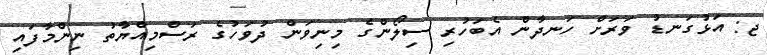
ޖ: އަޅުގަނޑު ވަރަށް ހަނދާން އެބަހުރި ސިލޯންގެ މިނިވަން ދުވަހުގެ ރަސްމިއްޔާތު ނިންމާފައި